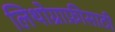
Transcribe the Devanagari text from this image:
लिथोग्राफ़ीसाठी